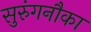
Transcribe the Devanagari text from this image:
सुरुंगनौका